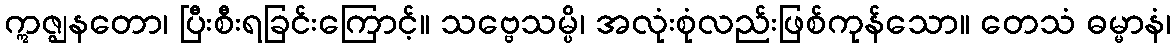
ဣဇ္ဈနတော၊ ပြီးစီးရခြင်းကြောင့်။ သဗ္ဗေသမ္ပိ၊ အလုံးစုံလည်းဖြစ်ကုန်သော။ တေသံ ဓမ္မာနံ၊